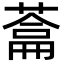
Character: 𮐯